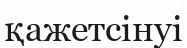
қажетсінуі